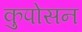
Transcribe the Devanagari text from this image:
कुपोसन